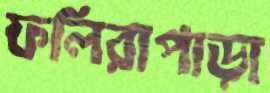
ফলিরাপাড়া